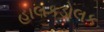
હાલકડોલક